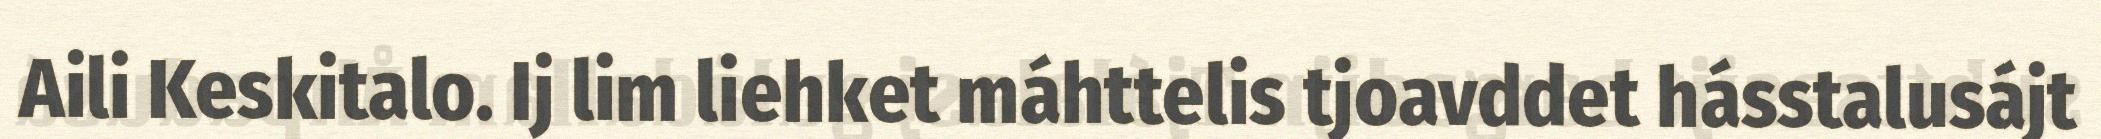
Aili Keskitalo. Ij lim liehket máhttelis tjoavddet hásstalusájt